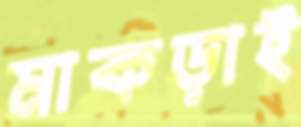
মাকড়াই